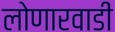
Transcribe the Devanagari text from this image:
लोणारवाडी